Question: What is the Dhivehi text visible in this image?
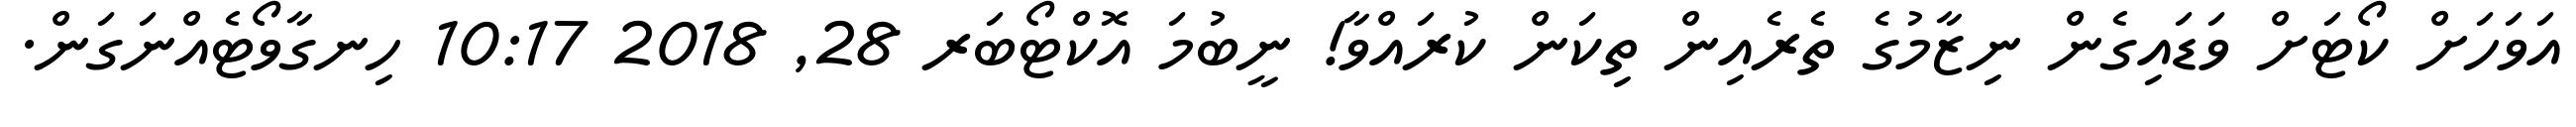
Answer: އަވަހަށް ކޯޓަށް ވަޑައިގެން ނިޒާމުގެ ތެރެއިން ތިކަން ކުރައްވާ! ނީބުމަ އޮކްޓޯބަރ 28, 2018 10:17 ހިނގާވޯޓެއްނަގަން.